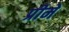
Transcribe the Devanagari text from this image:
प्रीमे